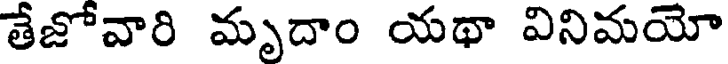
తేజోవారి మృదాం యథా వినిమయో